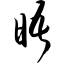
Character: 晤